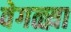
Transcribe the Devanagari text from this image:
वेगळ्य़ा